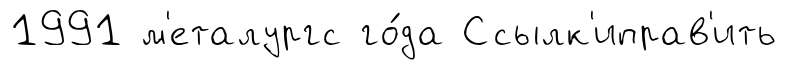
1991 м'еталургс го́да Ссылк'иправ'ить